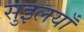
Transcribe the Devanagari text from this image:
सुइलयाँ